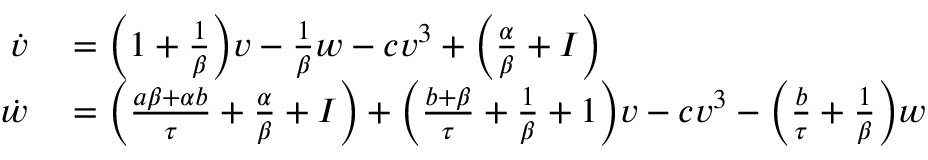
\begin{array} { r l } { \dot { v } } & { { } = \Big ( 1 + \frac { 1 } { \beta } \Big ) v - \frac { 1 } { \beta } w - c v ^ { 3 } + \Big ( \frac { \alpha } { \beta } + I \Big ) } \\ { \dot { w } } & { { } = \Big ( \frac { a \beta + \alpha b } { \tau } + \frac { \alpha } { \beta } + I \Big ) + \Big ( \frac { b + \beta } { \tau } + \frac { 1 } { \beta } + 1 \Big ) v - c v ^ { 3 } - \Big ( \frac { b } { \tau } + \frac { 1 } { \beta } \Big ) w } \end{array}